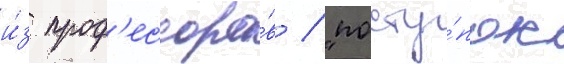
и́з проф'ессоро́в / "посту́пок